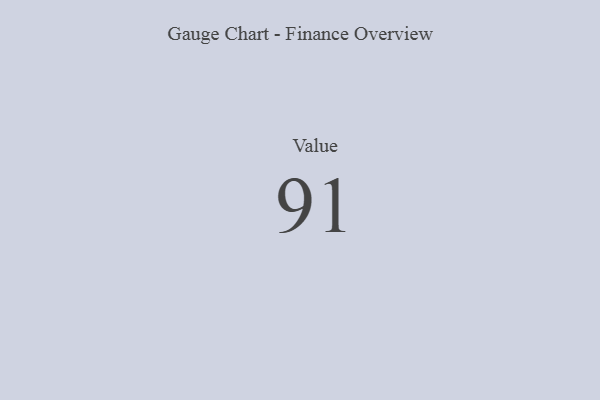
{"axis": {"x": "Metric", "y": "Value"}, "legend": [""], "data": [{"x": "Value", "y": 91, "type": ""}]}